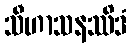
သီဟာသနဿိဒံ